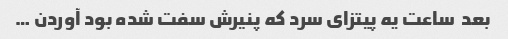
بعد  ساعت یه پیتزای سرد که پنیرش سفت شده بود آوردن …